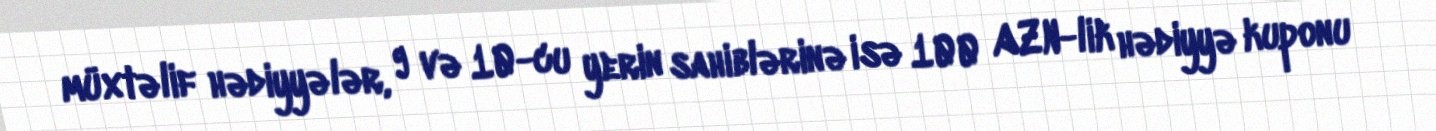
müxtəlif hədiyyələr, 9 və 10-cu yerin sahiblərinə isə 100 AZN-lik hədiyyə kuponu